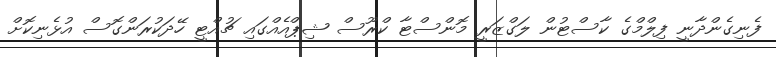
ފެނިގެންދާނީ ފިލްމްގެ ކާސްޓުން ލަގްޒަރީ މޮންސްޓާ ކްރޫސް ޝިޕްއެއްގައި ޗުއްޓީ ހޭދަކުރަންގޮސް އުޅެނިކޮށް